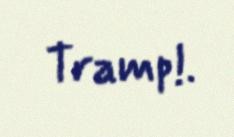
Tramp!.